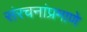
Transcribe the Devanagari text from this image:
संरचनांप्रमाणे